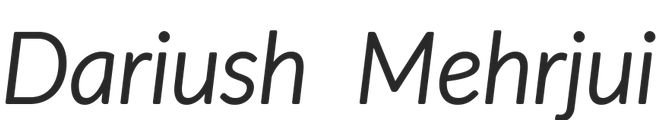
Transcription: Dariush Mehrjui